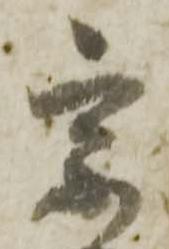
宗